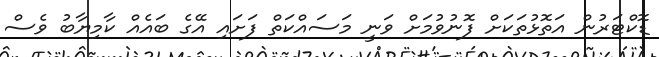
ޑޮކްޓަރުން އަތޮޅުތަކަށް ފޮނުވުމަށް ވަނީ މަސައްކަތް ފަށައި އޭގެ ބައެއް ކާމިޔާބު ވެސް